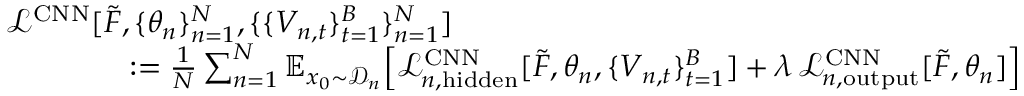
\begin{array} { r l } & { \mathcal { L } ^ { \mathrm { C N N } } [ \widetilde { F } , \{ \theta _ { n } \} _ { n = 1 } ^ { N } , \{ \{ V _ { n , t } \} _ { t = 1 } ^ { B } \} _ { n = 1 } ^ { N } ] } \\ & { \qquad \qquad : = \frac { 1 } { N } \sum _ { n = 1 } ^ { N } \mathbb { E } _ { x _ { 0 } \sim \mathcal { D } _ { n } } \! \left[ \mathcal { L } _ { n , \mathrm { h i d d e n } } ^ { \mathrm { C N N } } [ \widetilde { F } , \theta _ { n } , \{ V _ { n , t } \} _ { t = 1 } ^ { B } ] + \lambda \, \mathcal { L } _ { n , \mathrm { o u t p u t } } ^ { \mathrm { C N N } } [ \widetilde { F } , \theta _ { n } ] \right] } \end{array}